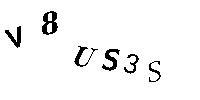
V8US3S